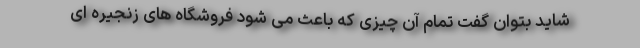
شاید بتوان گفت تمام آن چیزی که باعث می شود فروشگاه های زنجیره ای